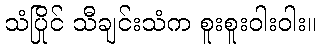
သံပြိုင် သီချင်းသံက စူးစူးဝါးဝါး။